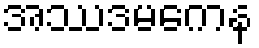
အဿဒမကေန